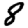
Digit: 8